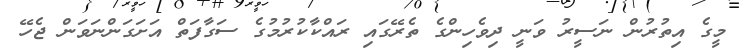
މީގެ އިތުރުން ނަސީރު ވަނީ ދިވެހިންގެ ތެރޭގައި ރައްކާކުރުމުގެ ސަގާފަތް އަށަގަންނަވަން ޖެހޭ